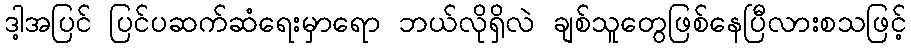
ဒါ့အပြင် ပြင်ပဆက်ဆံရေးမှာရော ဘယ်လိုရှိလဲ ချစ်သူတွေဖြစ်နေပြီလားစသဖြင့်